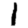
Digit: 1